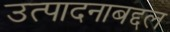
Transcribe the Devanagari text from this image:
उत्पादनाबद्दल